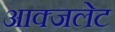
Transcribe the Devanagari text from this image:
आक्जलेट